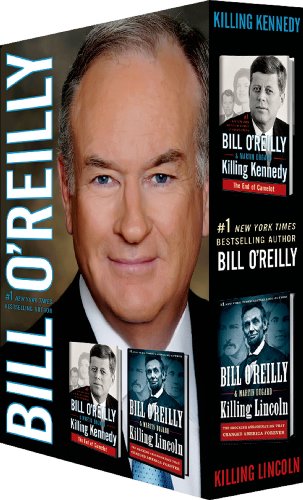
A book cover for Killing Lincoln/Killing Kennedy Boxed Set; Bill O'Reilly; History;